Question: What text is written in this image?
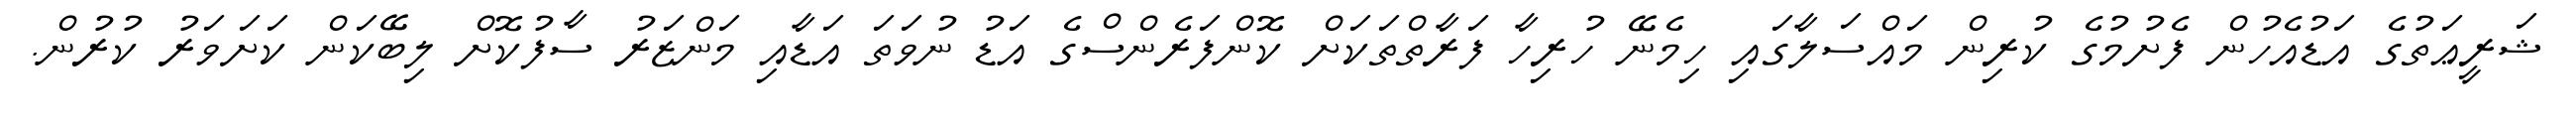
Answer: ޝަރީޢަތުގެ އަޑުއެހުން ފެށުމުގެ ކުރިން މައްސަލާގައި ހިމެނޭ ހުރިހާ ފަރާތްތަކަށް ކޮންފަރެންސްގެ އަޑު ނުވަތަ އަޑާއި މަންޒަރު ސާފުކޮށް ލިބޭކަން ކަށަވަރު ކުރުން.